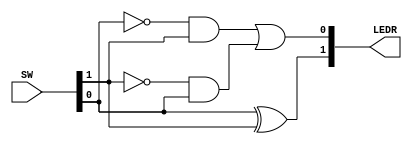
module TopLevel (
    input [9:0] SW,
    output [9:0] LEDR
);

assign LEDR[0] = ~SW[0] & SW[1] | ~SW[1] & SW[0];


assign LEDR[1] = SW[0] ^ SW[1];  // ^ is the logic operator for exclusive or.
    
endmodule